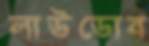
লাউডোব